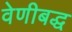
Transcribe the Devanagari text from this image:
वेणीबद्ध